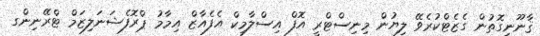
ޤާނޫނީގޮތުން ގެޒެޓްކުރެވޭ ލިޔުން މިނިސްޓްރީ އޮފް އިސްލާމިކް އެފެއާޒް އިމާމު ޕްރޮފެޝަނަލިޒަމް ޓްރޭނިންގ